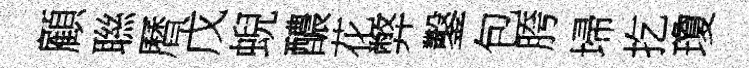
顧聮曆戊蜺醲花弊鑿包胯埽扢瓊